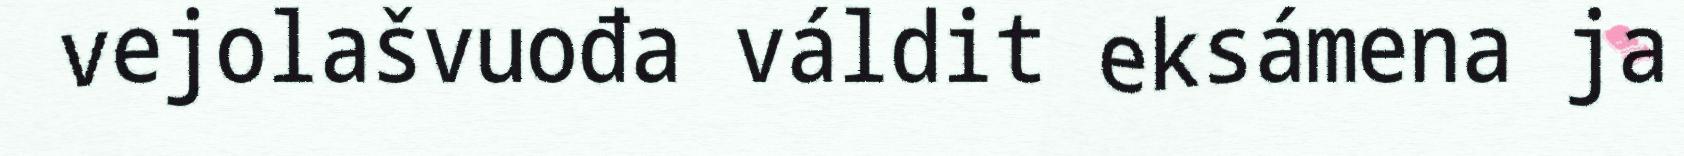
vejolašvuođa váldit eksámena ja